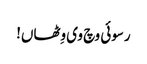
رسوئی وچ وی وِٹھاں!